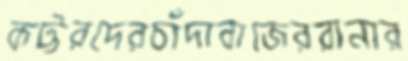
কট্টরদেরচাঁদাবাজেররানার